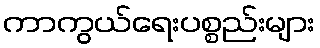
ကာကွယ်ရေးပစ္စည်းများ